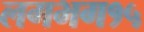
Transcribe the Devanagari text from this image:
लगभग१५